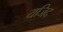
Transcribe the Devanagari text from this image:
यजिद